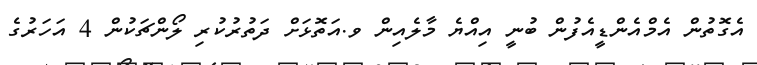
އެގޮތުން އެމްއެންޑީއެފުން ބުނީ އިއްޔެ މާލެއިން ވ.އަތޮޅަށް ދަތުރުކުރި ލޯންޗަކުން 4 އަހަރުގެ